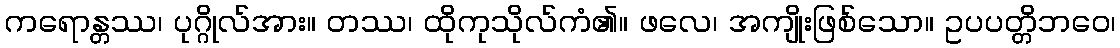
ကရောန္တဿ၊ ပုဂ္ဂိုလ်အား။ တဿ၊ ထိုကုသိုလ်ကံ၏။ ဖလေ၊ အကျိုးဖြစ်သော။ ဥပပတ္တိဘဝေ၊